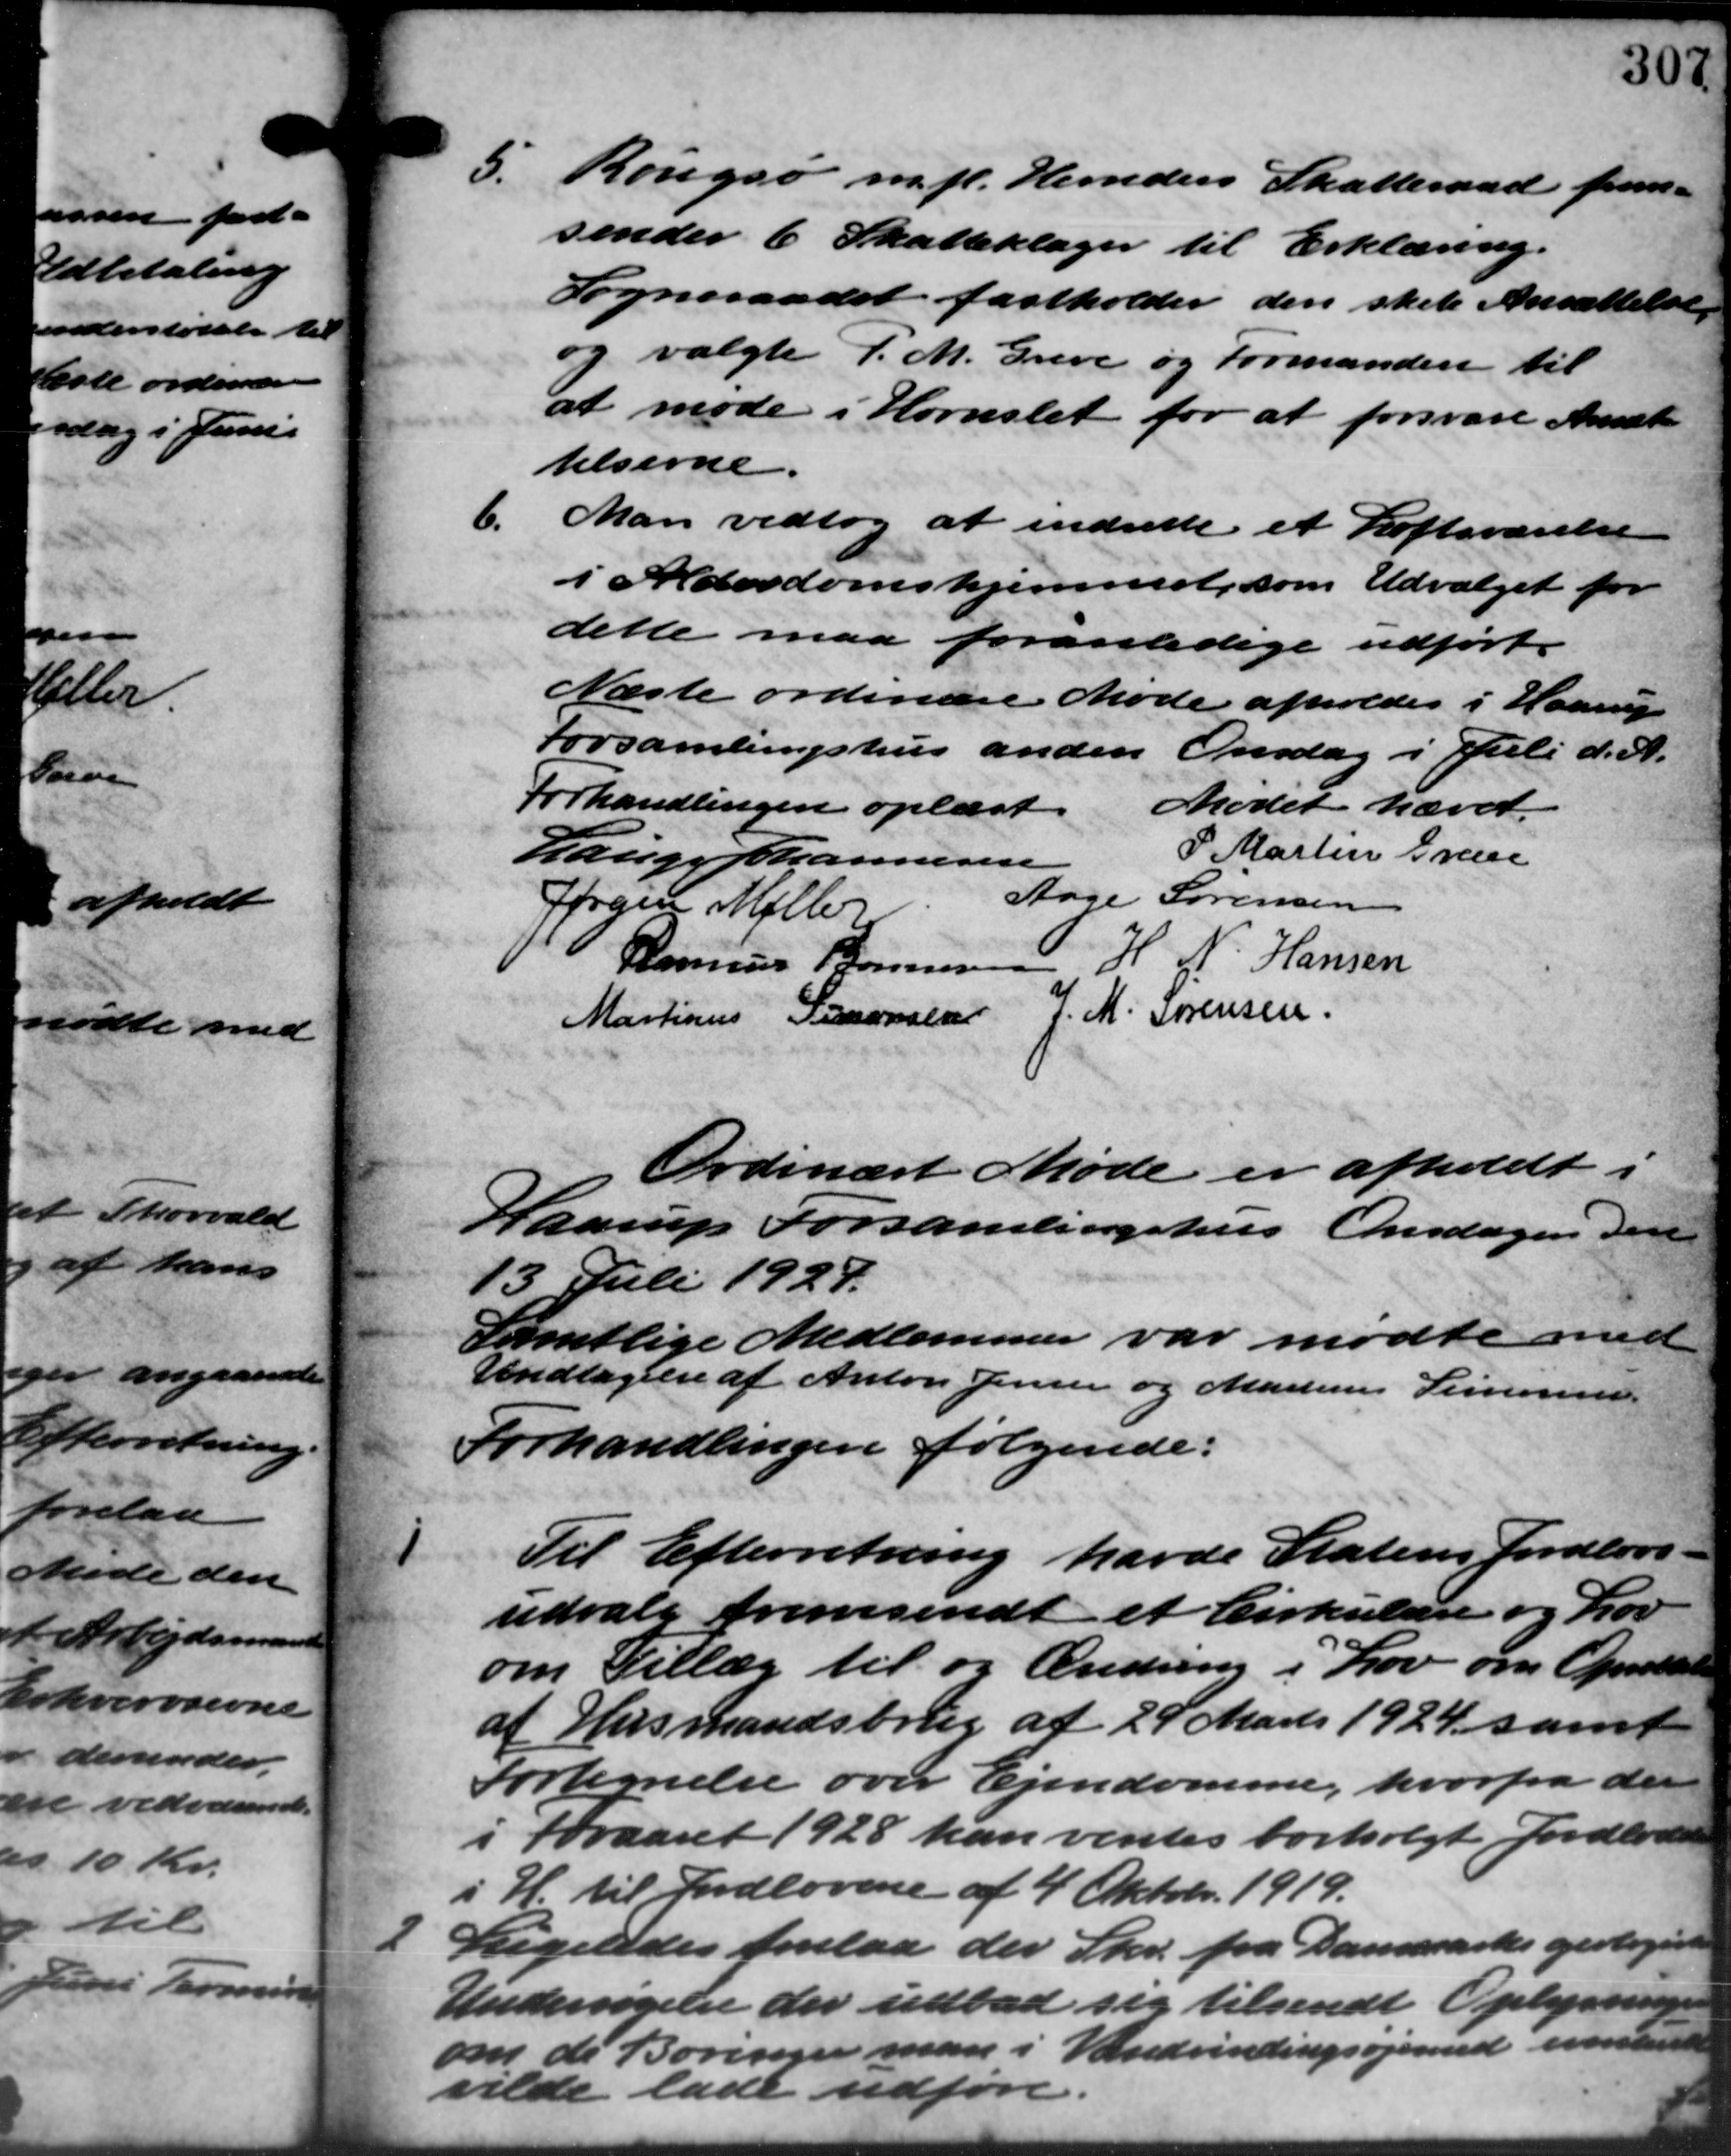
Transskription:
5. Rougsø m.fl. Herreders Skatteraad frem –
5. Rougsø m.fl. Herreders Skatteraad frem –
sender 6 Skatteklager til Erklæring.
Sogneraadet fastholder den skete Ansættelse.
og valgte P. M. Greve og Formanden til
at møde i Hornslet for at forsvare Ansæt
telserne
6.
Man vedtog at indsette et Loftsværelse
i Alderdomshjemmet, som Udvalget for
dette maa foranledige udført.
Næste ordinære Møde afholdes i Haarup
Forsamlingshus anden Onsdag i Juli d. A.
Forhandlingen oplæst. Mødet hævet.
P. Martin Gren
Lauge Johannesen
Aage Sørensen
Søren Møller
H. N. Hansen
Rasmus Bonnesen
Martinus Simonsen J. M. Sørensen
Ordinært Møde er afholdt i
Haarup Forsamlingshus Onsdagen den
13 Juli 1927.
Samtlige Medlemmer var mødte med
Undtagelse af Anton Jensen og Marines Simonsen
Forhandlingen følgende:
1
Til Efterretning havde Statens Jordlovs
udvalg fremsendt et Cirkulære og Lov
om Tillæg til og Ændring i Lov om Oprettelse
af Husmandsbrug af 29 Marts 1924 samt
Fortegnelse over Ejendomme, hvorfra den
i Foraaret 1928 kan ventes bortsolgt Jordlodes
i H. til Jordlovene af 4 Oktober 1919.
2
Ligeledes forelaa der Skr. fra Danmarks geologiste
Undersigelse der udbad sig tilsendt Oplysninger
om de Boringer man i Vandvindingsøjemed underede
vilde lade udfør